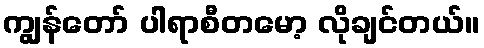
ကျွန်တော် ပါရာစီတမော့ လိုချင်တယ်။